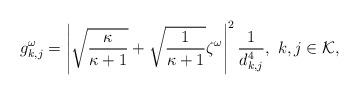
LaTeX: \begin{align*}{g_{k,j}^{\omega}=\left|\sqrt{\frac{\kappa}{\kappa+1}}+\sqrt{\frac{1}{\kappa+1}}\zeta^{\omega}\right|^2\frac{1}{d_{k,j}^4},~k,j\in\mathcal{K},}\end{align*}